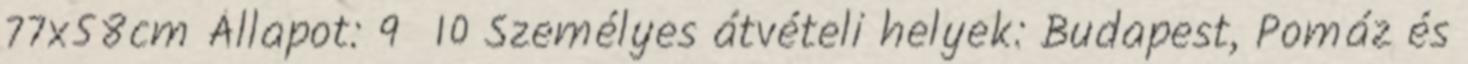
77x58cm Állapot: 9 10 Személyes átvételi helyek: Budapest, Pomáz és